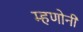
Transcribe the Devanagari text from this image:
म्हणोनी